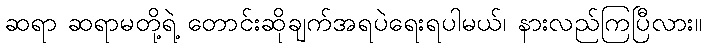
ဆရာ ဆရာမတို့ရဲ့ တောင်းဆိုချက်အရပဲရေးရပါမယ်၊ နားလည်ကြပြီလား။